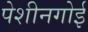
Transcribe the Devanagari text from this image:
पेशीनगोई